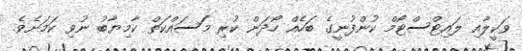
ވަކީލާއި ލައިޓްސްޓޯމް ކުންފުނީގެ ބަހެއް ހޯދަން ކުރި މަސައްކަތް ކާމިޔާބު ނުވި ކަމަށެވެ.